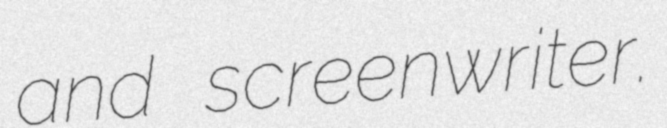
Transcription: and screenwriter.